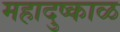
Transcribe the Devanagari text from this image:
महादुष्काळ